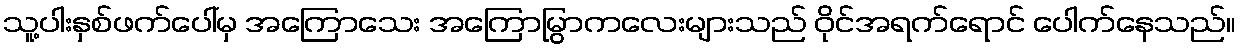
သူ့ပါးနှစ်ဖက်ပေါ်မှ အကြောသေး အကြောမြွာကလေးများသည် ဝိုင်အရက်ရောင် ပေါက်နေသည်။